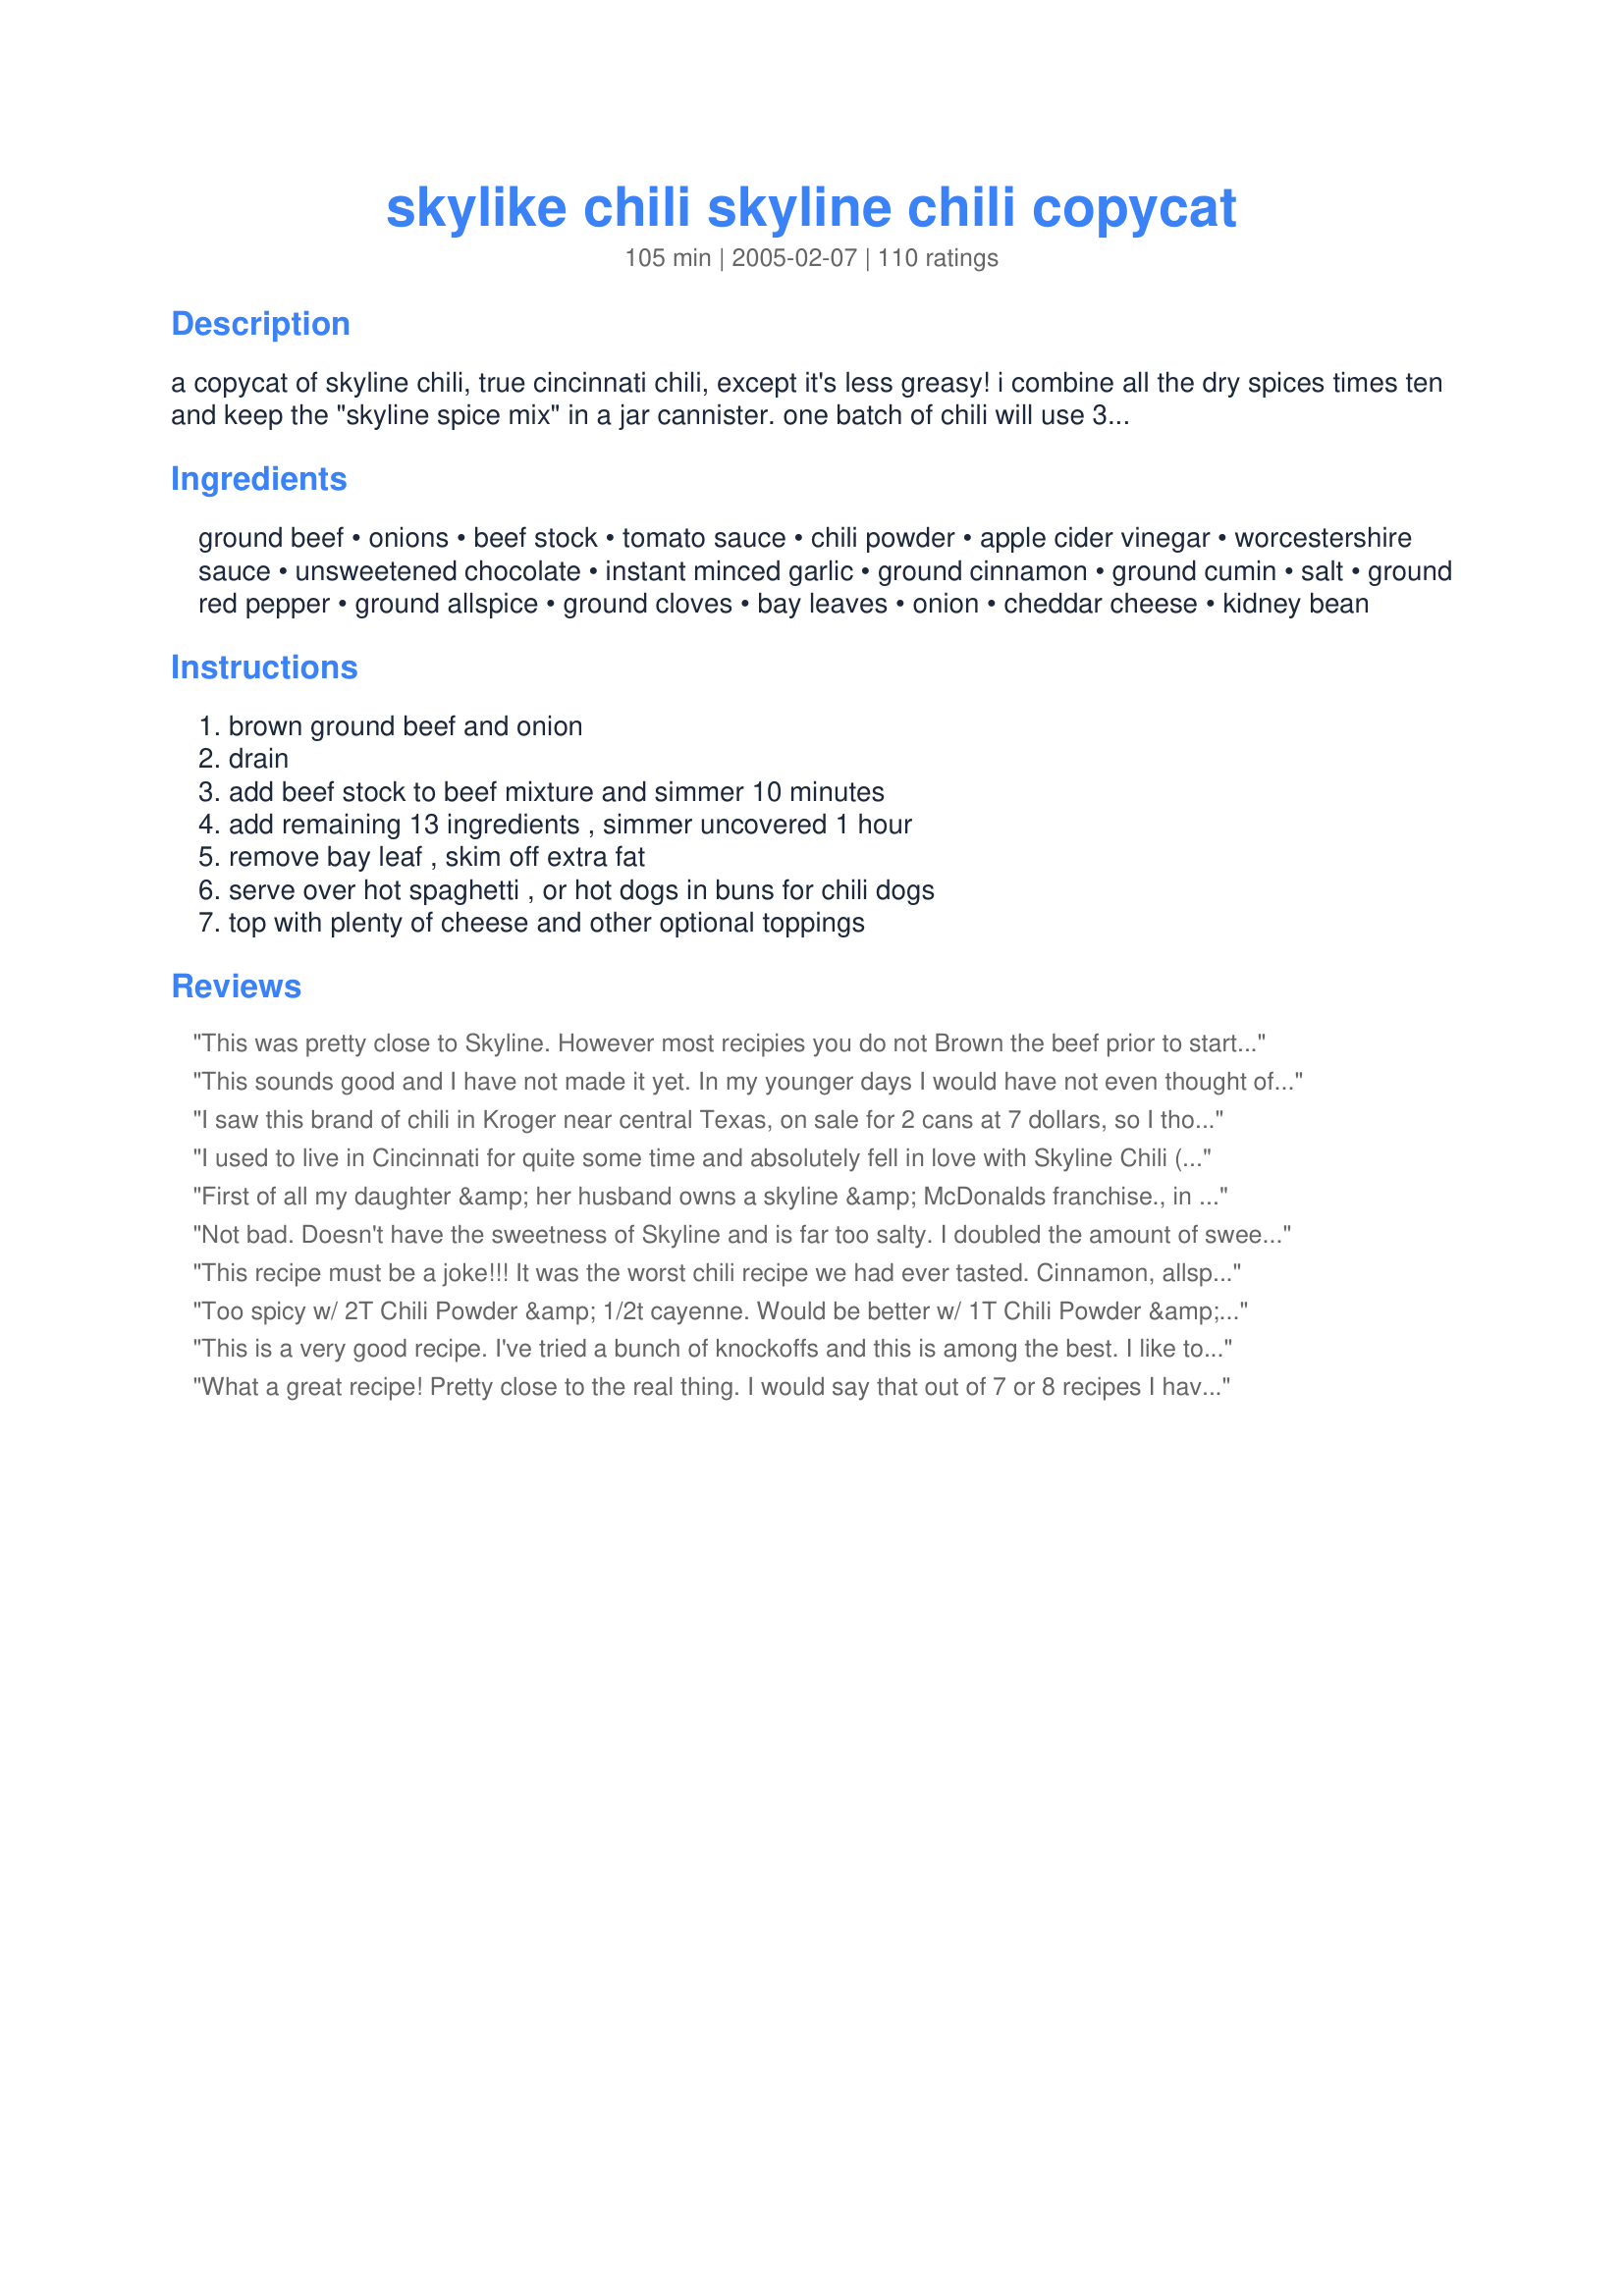
skylike chili skyline chili copycat
Preparation time: 105 minutes

a copycat of skyline chili, true cincinnati chili, except it's less greasy! i combine all the dry spices times ten and keep the "skyline spice mix" in a jar cannister. one batch of chili will use 3/8 cup of spice mix. the spice mix is also tasty as a meat rub for steak, pork and chicken.

Ingredients:
ground beef, onions, beef stock, tomato sauce, chili powder, apple cider vinegar, worcestershire sauce, unsweetened chocolate, instant minced garlic, ground cinnamon, ground cumin, salt, ground red pepper, ground allspice, ground cloves, bay leaves, onion, cheddar cheese, kidney bean

Steps:
brown ground beef and onion, drain, add beef stock to beef mixture and simmer 10 minutes, add remaining 13 ingredients , simmer uncovered 1 hour, remove bay leaf , skim off extra fat, serve over hot spaghetti , or hot dogs in buns for chili dogs, top with plenty of cheese and other optional toppings

Reviews:
This was pretty close to Skyline. However most recipies you do not Brown the beef prior to starting the chili. Here is how I fixed it to make it more in line with Skyline chili. I pureed the onions and garlic in a food processor. Then suateed the garlic onion mix in a little olive oil until the liquid evaporated. Then I added the Beef stock and brought it to a boil. Then I added the raw gound beef and wisked it in to break up all of the chunks. Then I added the rest of the ingedients and simmered on the stove for a little over an hour. If you are a true Skyline fan I would add a bit more salt and cut out or halve the ground red pepper (Cincinnati Chili is not spicy at all). I also added a tablespoon of dark brown sugar to the spice mix 
Overall this was great recipe for Skyline chili. Whith a few minor adjustments.
This sounds good and I have not made it yet. In my younger days I would have not even thought of trying to put in coco powder. But being in a family with Latinos`, it does add something extra. Also, I moved to Indiana and any chili lover out there should try Charlie and Barney`s Chili Saloon. It won blue ribbons in the Chili Cook-off in downtown Indianapolis. I will let you know how well this is received in my household. Thanks for sharing.
I saw this brand of chili in Kroger near central Texas, on sale for 2 cans at 7 dollars, so I thought I would have to try it. I liked the photo was and looked like a chili I enjoyed at a restaurant 200 miles away. After eating the second can I had to find out how to make this. This recipe is consistent to the flavors I taste with the chili. I believe it would take a food processor to get the meat cut to that texture.
I used to live in Cincinnati for quite some time and absolutely fell in love with Skyline Chili (not Goldstar, or Empress, etc.) but Skyline. There is a difference to connoisseurs :) This recipe comes pretty darn close to the real thing. I've tweaked the recipe to my liking and simply boil the hamburger in the beef stock for about 20-30 mins or until it's cooked. I saute the onions and use only about 1/2 an onion (don't really care too much for onions) and I use garlic powder instead of fresh minced garlic. I let it cook in the crock pot on high for about an hour or so and then its good to go over a bed of hot spaghetti noodles and piled high with finely shredded cheddar. MMMMM! Thanks so much for this much cheaper way to enjoy Skyline chili without having to spend $50 for 6 cans over the Cincy Favorites website!
First of all my daughter &amp; her husband owns a skyline &amp; McDonalds franchise., in kenton &amp; campbell county's Kentucky....across the river from Cincinnati. First of all there is NO chocolate in the recipe....this MYTH started back in the 70's. There is NO white onions or apple cider vinegar or cayenne pepper ! NO meat is browned. I KNOW THE RECIPE...I'll tell you a few ingredients that you've got wrong &amp; omitted , BUT not all ingredients. Water, red wine vinegar, White Pepper. One taster on this web site swore they tasted shredded beef....she's right it's .... 3/4 shredded &amp; 1/4 ground chuck. The beef must be trimmed of all gristle &amp; outside fat. Leave the marbleized meat. There are ingredients I will not TELL because I can be sued. The chilli is made at 5 gallons at a time. After being SLOWLY cooked it's stirred and put in a walk in box or refridge for 12 - to - 14 hours. The meat fat will rise &amp; harden, its then skimmed off the top...and is now ready to be placed in a 2inch thick ceramic steam table kettle, steam table reheats it and is ready to serve ! I remember the Great Cincinnati Greek chilli WAR'S.....skyline, gold star, empress, Dixie , camp washinton, acropolis....all Greek style chilli's. Acropolis &amp; camp washington were the only ones who could beat skyline. I always liked Dixie because of how thick it is. Way thicker than skyline. Acropolis had every know Greek spice in it &amp; Feta. Very spicy. Empress &amp; Acroplis does not exist any longer. I PERSONALY knew Tom Mirko's the founder of Acroplis Chilli along with his wife Marilyn, daughter Laurie and son Joe. When Tom passed away...the family sold off everything, 7 Acropolis chilli's, 2-bars and 2-deli's. But kept the real estate rental properties. OL' Tom had a small Empire in the 70's - 80's - 90's. Back to skyline you're missing Greek spices. And a Greek food every day diet staple....I think this is the unsweetened chocolate MYTH started at. And SO did TOM...
Not bad. Doesn't have the sweetness of Skyline and is far too salty. I doubled the amount of sweet spices, but it still isn't right, and I suggest replacing at least 1/2 cup of beef stock with water, because low salt versions taste awful.
This recipe must be a joke!!! It was the worst chili recipe we had ever tasted. Cinnamon, allspice, cloves and cocoa do not belong in chili. If it was a joke, it was not funny!
Too spicy w/ 2T Chili Powder &amp; 1/2t cayenne. Would be better w/ 1T Chili Powder &amp; 1/4t Cayenne.
This is a very good recipe. I've tried a bunch of knockoffs and this is among the best. I like to boil ground beef or ground turkey (not the ground turkey breast) in water first and drain that to remove excess fat. Then add the broth and other ingredients. I like red pepper flakes instead of cayenne powder (sounds picky, I know - but this is the ingredient that can most affect the finished product). I also use a small can of paste instead of sauce, but I don't think that would matter too much as long as you wind up with a fairly runny consistency. To make a truly traditional n-way Skyline, don't forget to put some oyster crackers around the edge of the plate.
What a great recipe! Pretty close to the real thing. I would say that out of 7 or 8 recipes I have tried this is the best. I did not brown the beef. Just threw it into the chili pot for 30 minutes. I then added onions and garlic and let it go for about 45min. Added seasoning and let it go for about another 45 min. I keeped it covered. Awesome!!
We love this recipe. I mix enough of the dry ingredients for 3 batches so I don&#039;t have to start from scratch every time. A label on the jar tells me how much to use - 1/2 cup.&lt;br/&gt;&lt;br/&gt;We used fettuccine noodles the last time and liked that better. Also, we use sour cream along with the cheese. YUM!
I enjoy Cincinatti chili, and this is a very good version. I served this with spaghetti, beans, and cheese. Since there are plenty of cooked onions in the sauce, I did not add additional onions as a topping.
I am from Cincinnati, Ohio and has had skyline chili since I lived there. I now live in Antioch, Ill. and can not find skyline chili any where so I have found a reciepe on line that I am going to try. I love skyline chili. I would love to go back to Cincinnati one more time.
If anyone wants the REAL SKYLINE CHILI it's very easy to get instead of taking the time to follow this recipe.Cooking time is 2-3 hours on a very low temperature. I live in Ohio and it's sold already pre-made straight from Skyline in grocery stores. You can also buy it in flavor packets that has the complete package of spices minus the hamburger,onion,spaghetti and beans.You can add that when your sauce is finished.I always buy the packets, which makes around 2-2/1 quarts. I then freeze the sauce and pull out a container when ever I want SKYLINE chili.I then add the spaghetti,onion, beans and of course hot sauce on top of the cheddar cheese.
This is my favorite chili. The combination of spices makes for a wonderful final result. And even though many might think chocolate is a bizarre addition to chili, it just adds a little mellowness to the chili.
I serve this over pasta with lots of cheese, onions but NO beans.
This is the closest I've found so far to Skyline! I used ground turkey in place of ground beef and once the chili cooled a bit, put it all in the blender as suggest. The texture was perfect.

Thank you for posting.
very authentic
Very close. To get the right consistency, I modified the instructions. Add stock, beef, chopped onions, garlic in pot to a boil, then removed from heat. Using a hand blender ($30 for a basic one), grind the cooked meat and onions to the "twice ground" texture of Skyline. Added 1/2 tsp of paprika, additional 1 tsp of salt (total 1.5). Depending on how aggressively the simmering temperature is, I'll add some additional water before the final 30 minutes of simmering (usually about a cup), and I usually simmer for 2 hours total. 85% ground beef seems to be the right amount of fat (and doesn't need skimmed). 2.5 TBS total for chili powder seems to be close as well. Great recipe, thanks for posting...
I&#039;ve never had true Skyline chili, but I am fussy about chili and this was good. Highly recommended and will keep it in my chili library to do again. &lt;br/&gt;&lt;br/&gt;At the start just after I put it all together I tasted it and it didn&#039;t seem so good since the cinnamon stood out. After it cooked for an hour and the spices and flavour merged, it was quite good. It worked well on the thicker spaghetti (spaghettoni) and a knife and fork were used instead of twirling it like regular spaghetti. Onions and cheese on top of course. Everybody (even really fussy eaters) loved it.
This was awesome! I thought it tasted better than the original Skyline Chili. It was so easy to put together, my daughter who is not a fan of Skyline absouletly loved it!
This tastes the closest to Skyline chili I've ever had. I only did a couple things differently. First, I salted to taste. 1/2 a tsp doesn't really cut it. More importantly was how I cooked the meat. The first time I followed the recipe I browned the meat and onion like it said to. This made for a bit chunkier chili than Skyline variety. This time I cooked the onions (which should be closer to minced than chopped) with a wee bit of olive oil, then threw in the beef raw along with the stock and stirred it well to break apart the meat. I let the mixture then come to a boil while I prepped the other ingredients, stirring occasionally. Cooking the meat this way made for a smoother texture this time around. Enjoy!
The flavor is more important than the consistency for accuracy of how a given food tastes. As such, while you may get varying consistencies that are not 100% exactly what Skyline provides, the fact is that this recipe gives really the closest flavor I've had yet. And I've had Skyline off and on for years now thanks to a friend of mine who lives in Cincinnati. Very good recipe! :)
Turned out great. As a former professional cook,I typically use a recipe as a baseline and then make my adjustments as I go. One thing I may suggest is that you should NOT brown the meat. It will make it stick together and this is exactly the opposite of what you want for this sauce. Another thought- is that you could brown, then add broth, then blend...not too much though, just watch the texture. A no fail method, I would say, it just throw it in with the broth and then whisk whisk whisk before and while it is cooking!!! It will give you a great consistency. Some of these comments reveal that many are not a fan of the spices listed in the recipe. SO: Maybe take it easy on the spices you are hesitant about and adjust accordingly? Remember, recipes are templates. Adjust accordingly to your taste buds. If you feel insecure, go conservative, then add as you go! Have FUN !!! Also, I use ground turkey so I can justify eating a lower fat version more often :) It is still delicious, not as greasy.
I made this on 12/14/09 for mine and SO's dinner. Due to what was on hand a few changes were made to the recipe, one can of tomato sauce was replaced with the same amount of tomato juice. Also, 2 cups of the beef stock was replaced with 2 beef bouillon cube dissolved in 2 cups of boiling water.Other than those changes the recipe was made as written. Now since we've never had " Skyline Chili " this has to be rated on what we thought of this particular recipe,and we thought it was very good. I served this over spaghetti noodles and topped with shredded extra sharp chedder cheese, ( which is NOT an option :) ) and topped with onions.With the additons of allspice and ground cloves, you can taste the original Greek influences in this chili. This will be made again. Thank you for posting and, " Keep Smiling :) "
I really did not like this stuff. I am sorry I watested my time and resources on this dish. The ingredient spices were fragrant and appealing as they went in but the end result was not pleasing. It looked like a pot of mud and did not taste much better. The flavor did not say chili to me. I put the remafe in plastic containers to put in the freezer where I plan to forget it. Ps I served it with canned pinto beans and grated c
True Ohio-an here, raised on Skyline chili and living in the south, where Skyline chili does not live! Skyline chili is one of my favorite things in life, and occasionally I felt lucky if I could find a box of Skyline chili frozen or canned at Harris Teeter. That’s a sad, and very expensive way to live. I made this recipe hoping against hope it would be good, and I was NOT disappointed!! It smelled absolutely to-die-for and tasted the same way. I made it like many suggested, and boiled the beef and onions in the stock to cook it. I followed the rest of the recipe exactly, except: I cooked it simmering for 45 min and covered simmering for another 1hr 15 min. AND I tend to try to use healthier ingredients- therefore, wheat pasta, lean 93% ground beef, low sodium ingredients instead of regular. To me, it smelled and tasted exactly like Skyline chili but healthier (okay, maybe not quite as amazing as true Skyline but absolutely delicious and healthier alternative), and my husband scraped the plate clean within an inch of its’ life. I used the potato masher to squIsh it as it browned, and I thought the consistency was spot on. Not too watery, not too thick. Totally snarf worthy, and now I feel like I can make “real” Skyline affordably and somewhat healthy (or I can be bad and make it full-fat and sodium) any time I want. I also felt like such a gourmet adding all the different ingredients and the bay leaf gave it that special “oomph”. Seriously, make it. Life is short. Live happy. Eat Made-from-scratch Skyline.
I was a bit skeptical of this recipe, but I liked that it didn&#039;t have beans. Turns out we loved it! The blend of cocoa and spices is perfect. I served it on gluten-free spaghetti with shredded cheddar and green onions piled on top. I plan on making this one again!
I made my first Cincy chili last night. Definitely a different flavor profile than traditional chili, but I really enjoyed it with the spachetti, cheese, and onions. I love making chili (and love reading about it too) but have always focused on the no-frills kind. My current version allows a small can of tomatoes and pinto beans, but other than that it's focsued on the beef and dried chiles.

Interestingly, I NEVER add cheese or onions or crackers to my traditional chili. Just messes up a good bowl of red, and makes it too gloopy. But with Cincy style I was loving all the fixins. The cheese melts into the chili and and forms into a sauce almost. The onions give some nice crunch and bite. And the spaghetti is hearty and filling.

I will definitely be making this again. To the uninitiated, I must caution -- do not expect this to taste like your regular chili. It really is a different dish entirely. It's more of a sauce for pasta than a traditional chili. And yes, the cinnamon and allspice, etc. take some getting used to. But when all put together, it makes an excellent meal.
Our family has been big Cincinnati chili fans for years. My mother-in-law introduced it to me--she used the packets of mix and followed the directions. I'd also found the frozen Skyline brand chili and found that both the mix and frozen versions to be too watery for my taste. After some experimentation, I found that adding a can or two of tomato soup doesn't alter the flavor but does give the chili enough body to stick to the spaghetti.
Fantastic! One of my go-to recipes. Always a crowd pleaser.
Close to the real thing, just not as greasy. DO NOT brown the meat. Halve the cayenne. And make it a day ahead of time, let the pot cool and refrigerate overnight. Then take the pot out and re-heat it on the stove. You won't be sorry - the flavors have a chance to blend and, for whatever reason, this recipe is just better the second day! I double it. My kids devour it. The first and second day we have it over pasta, the third day, we always make Coneys with the little bit that is left!
This is as close as you can get to the "original" without Nick Lambrinides coming after you! lol Skyline Chili is definitely an aquired taste and if you're not familiar with or use to eating chocolate in your chili, it can be disliked rather quickly by its unique taste. I had friends visit from northern Ohio (Cleveland area) and even though they use to have a Skyline, my friends never had it before. They, too, didn't care for it. HOWEVER, my DH really liked this recipe. He thought I had actually gotten a can of the "real stuff", not made with my own two hands! I showed him this recipe and he was thrilled to see a recipe for Skyline! We can now have Skyline Chili without actually going out for it -- or buying a can of it in the store! I also sent the recipe to my sisters-in-law who both LOVE and miss Skyline. One lives in New Jersey and the other in Tennessee. I'll be sure to let you know what they think of it, but if they're anything like us (Cincinnatians who grew up on Skyline) they will appreciate having the recipe! Thanks, Tornado Ali, for posting this one! YUM YUM!
I am sooo excited to find this recipe. In the '70s, my best friend and I would treat ourselves to &quot;chili spaghetti&quot; at the Red Lion in Glendale, CA. I came to love that unique spaghetti sauce. After Red Lion closed, I never saw this dish offered anywhere else. I had no idea this was a Cincinnati dish. (Mom was fr. Cleveland.) The Greek connection makes perfect sense, with the nutmeg (change suggested by one reviewer), cinnamon and cloves. I never really liked &quot;regular&quot; chili (Texas style), but this I LOVE. The flavors are rich and comparable to something in Greek or Moroccan cooking -- definitely Mediterranean. Thank you so very much for this gem to add to my recipes: a wonderful dish I thought I'd never taste again.
My wife and I luv this recipe. Instead of the ground beef we skin about 8 chicken thighs. Then we de-bone them. Then we run them through our meat grinder. Super easy! We use the left over chicken bones to make a delicious broth. Just add some old onion, garlic, and un-cracked black pepper. Next, we throw about 2-dozen tomatoes into a large pot of boiling water. Wait for the skins to crack... then throw them into a bowl of iced water. Peel. Seed. Then run the left over tomatoes through a cheese grater. Then we throw our whole cloves, cumin and additional spices into our spice grinder. Make sure to grind them thoroughly-- about 20 minutes! Next we baggie the left over spices into individual increments for the next time we make skyline. We prefer the Fiesta brand plastic lunch baggies. Blend the onion, garlic and tomato sauce for five minutes. Then just throw it into your Calphalon stainless steel five-quart saute pan with the bay leaves and ground, skinned chicken thighs. Cook for 4-hours. 2.5 hours in add the Worcestershire, vinegar, and chocolate. Delicious!!! I hope you enjoy this as much as my Meggie and I do!
All I can say is WOW. I have never been to Cincinnati, but have heard of skyline chili. I was very anxious to try it, and as sooo glad I did. It is wonderful. I will make this many many times more. Thank you for submiting this.
I admit it has been many years since I&#039;ve had Skyline Chili, but this tasted exactly as I remembered it, even without the garlic and onions (which I am allergic to). Other than leaving those out, I kept all the ingredients the same. I did follow other reviewers&#039; advice and cooked the meat in the stock for about 30 minutes, then added everything else and simmered it for an hour. It took all of 10 seconds for my immersion blender to finely grind the beef. Served over spaghetti noodles with finely shredded sharp cheddar cheese on top. Oh my! Was it delicious! My husband has never had Skyline and loved it and I was beyond thrilled to have found such a great copycat. My small children gobbled it up as well. Will certainly make again. Thanks for posting!
Dead on! My husband was raised in Cincinnati and said this was exactly like the real deal!<br/><br/>The only thing I will say is that it's easier to get the hamburger more crumbly if it is cooked in the liquid (beef stock).
I'm a southern girl who lived in Cincinnati for 3 years for work. My kids fell in love with Skyline Chili and begged me to learn how to make it for years after we moved away. This recipe is the closest to the real thing I have found online, and my kids love it. The only 3 changes I'd recommend are that I take the meat after browning and draining it and and puree it in a food processor to get the small grains of meat that are in Skyline Chili. Then I cook the chili all day long on low on the stove top or in a crock pot. This makes it closer to the texture of Skyline, and I add extra broth or water if it's too thick since Skyline is thin and soupy-more like a sauce than a chili. I make it in big batches and freeze it in 2-3 serving containers so that my kids can thaw it out and heat it up any time they have a craving for Skyline Chili. The only other change I'd make is that the cheese according to Skyline Chili employees is Colby and not Cheddar. Not a big difference, but just enough to be able to tell the difference.
This is very, very good. I am wondering if the other reviewer used sweetened cocoa? The chocolate adds a smooth rich flavor, similar to mexican mole.
Being from Cincy and having had my share of Skyline Chili for the past 25 years its needless to say that when we moved out West my husband and I truly missed our late night visits to Skyline Chili and everytime we went home we would eat there daily so we could get our fill till our next visit but now I can honestly say I can make this at home using this recipe and this is pretty darn close if not exactly like Skylline. The only difference is we took the advice from others and boiled our beef in the beef stock which is definitely worth the time because it makes the chili the same consistancy as the real deal and we minced our onions and garlic in the food processor but the spices in this are RIGHT ON no changes need to be made and we did add the red pepper which you could barely taste but thanks so much Tornado Ali for posting this now we can have skyline chili anytime we crave it!! Also for the reviewer who said "you've got to be kidding" regarding the chocolate and cinnamon, obviouslly is not from Cincinnati or has never had Skyline Chili before so all I can say is try it you will get hooked just like the rest of us. :)
This is a good recipe, however, I find that instead of browning the meat, I put it in the pot raw and let it cook. It turns out a lot better....
Excellent rendition. I used freshly ground Guajilli chilis and Hershey's unsweetened cocoa powder. Cooked as instructed, but finished it for 45 mins in a slow cooker.
I&#039;m from Cincy so here is what I did to make more like the original. I sauted the onions till soft. Then, I added the beef stock, 2 cans 15 oz tomato sauce, 1 6 oz can tomato paste, and hamberger meat and boiled it. I added 4 tbs. of chili powder, all of the other spices(except vinegar) I added a little more of to make up for more liquid in tomato sauce and 2 bay leaves. Yum!
Very close, but not spot on. I&#039;ve tried a couple skyline recipes and this one is probably the closest. I cut the cinnamon in half and it is still a little too sweet compared to actual Skyline. Next time I will remove the cinnamon altogether. The cloves were pretty strong also, so I&#039;ll probably cut back on those. Very good though!
Not exactly skyline, but definitely a great substitute. I made a few minor changes to suit my taste. I used beef broth instead of stock, nutmeg instead of allspice, doubled the salt, added 1 tsp of paprika, a bit of extra chili powder (maybe 1/2 tsp), added two 14 oz can drained kidney beans directly to it. I browned the ground beef and threw everything into the crockpot and cooked it on high for four hours. If I made it again, I'd cut down on the beef broth by 1/2, to make a thicker chili. I served it over spaghetti with finely chopped onions and lots of shredded cheddar cheese. My husband who grow up in Cincinnati, gave it the thumbs up. This is definitely going into my regular dinner rotation.
Husband said "Amazing" & "Wow" while eating. That's always a good thing. We used gluten-free noodles and still tasted awesome!
I gave this recipe 4 stars instead of 5, just because I agree with other reviewers that the technique is slightly different that traditional Cincinnati chili. When making this chili, you have to simmer the meat in the stock, not brown it ahead of time. &lt;br/&gt;&lt;br/&gt;I used 1/2 grass fed 85/15 beef and 1/2 fresh local bison for a better nutrition profile and healthier fats. That may be too lean for some, but I like the flavor it adds. It didn&#039;t produce much fat to skim off, which was fine for me. I simmered the meat and onions in the stock for 30 minutes, then added the rest of the ingredients and simmered for 2 hours, adding just a little more water about 30 minutes before it was done.&lt;br/&gt;&lt;br/&gt;I used my immersion blender to give the chili that very fine consistency you get with Skyline. But, the final step that I think is absolutely necessary is that you have to let it sit for many hours and allow the flavors to blend completely. I put it in the refrigerator all day (if I made it the morning) or overnight, otherwise. THEN, I skim off the fat, reheat and serve with spaghetti and cheese, onions (or whatever you like).&lt;br/&gt;&lt;br/&gt;I think the flavor profile of this recipe pretty much nails it, butI can see tweaking it to personal spice preferences....maybe I&#039;ll try adding paprika next time, as one reviewer suggested. But, again, I think the most important step to creating a chili that closely resembles Skyline is letting it sit!
Have tried this recipe several times. Always a huge hit. My family thinks it tastes better than the restaurant. Love it!
My family really liked this chili. My extremely picky son loved it. I served it over waffle fries & with grated cheese. The cocoa did add a mellowness to the chili which we really liked. I still like the regular kind of chili, but will still make this, too.
This was Wonderful! Def. Keeper here. It makes a ton. we all had seconds and I still had a ton left. Took it to work and they couldn't finish it off either! Will make again. We made these and served over dogs!!!!! Oh and kids 3 and 6 were dancing in there seats! :>) Thanks so much for sharing this.
I grew up in Northern Kentucky and on Cincinnati chili but moved away 20 years ago. I had a recipe I've used for years to make it for my family but it wasn't quite the same. Found and tried this recipe and I'm so glad I did! It is spot on. Few modifications: 3 TBSP chili powder; don't brown the meat, just throw it in the pot with everything else and break it up as it starts to cook; after cooked, skim fat off top; put in blender to get right texture. Delish!!!!
Skyline Chili is a wonderful twist on traditional chili, and my husband says this version is as good or better than the real stuff. I do run the meat and onions through the food processor, and I boost the spices by 25%. Delish!
Our Xmas dinner tradition is Skyline Chili. This year we forgot to order it and realized it on December 23rd. What a bummer, until we found this recipe. I'll tell ya, we read through several recipe's reviews, and this one had the most that said it tasted the closest, so we gave it a go. It's true. This is really, really close. So close, we're honestly happy never ordering it by mail again (sorry Skyline peeps). Here's some notes: - We used the exact measurements in the recipe of each ingredient. Next time we're going to back off of the cumin by a hair and then it may be close enough to fool ya. - In our giddiness, we bought premium and fresh spices to use. Yeah, don't. We could taste that the ingredients were high quality as it was zingier and fresher -- but that's not what we're going for, we wanted authenticity. - Someone mentioned to boil (not simmer) the beef and onion in the beef broth for an hour and then put it in a blender. Yes, yes, yes. It's a crying shame that this isn't included in the original recipe as it's an essential step. - And then, based off of a previous suggestion, we moved it to our swank, 1970's crock pot for another 4 hours. - Put it in the fridge overnight and skimmed off all the fat. We used 85% lean angus beef. - After a taste, we then put back about 3 tablespoons of the fat. You have to have the red, oily run off in order to be the best, even if it's just a little. - I ate one bowl with paprika added (I love me some paprika), but my amateur tastebuds will tell you that paprika is indeed not one of the original ingredients.
As most, Lived in Cincy, love Skyline and have it whenever in town visiting family. This is an Awesome recipe for those of us unable to run to the local restaurant!! A Food processor for the meat and onion is a MUST in order to get the correct consistency when plating. Great job T. Ali!!
I was looking for a bean less chili recipe to accommodate a low carb plan I've been successfully dropping weight from. I had always bought the frozen Skyline chili as it was legal on my plan but expensive and just ok. I made this recipe as directed only I halved it. It is soooo much better than Skyline! It has a phenomenal depth of flavor. I did simmer the raw beef in the broth with the onion and fresh garlic (the only change) I let it simmer for quite a while to reduce the liquid. I used very low fat beef so I was able to skip the straining. Grated some fresh Cheddar on top....phenomenal ?? Thank you! It kept me legal in my plan because I had a delicious new and different recipe to keep my choices unique, flavorful and exciting!
So fast and easy! Definitely close enough to skyline. Nice to be able to make it at home
A good Cincinnati chili but not Skyline. I've been transplanted to the left coast from Cincinnati and lived on Skyline while there. I made a 3 lb batch using 93/7 ground beef and these are the changes I made. In a crock pot, 3 lbs of 93/7 ground beef, 5 cups beef stock, 3 cups grated onion, 3 (8 oz) cans of tomato sauce, 5 TBS chili powder, 5 TBS unsweetened cocoa, 1 TBS granulated garlic, 3 tsp seasoning salt, 4 TBS soy sauce, 4 bay leaves. The rest of the ingredients of Tornado Ali's recipe I followed for a 2 lb batch. I just threw it all together in the crock and cooked it for 4 hours stirring every half hour to keep the consistency of the ground beef grainy and soupy. That's the way Skyline is. Oh, and by the way, a family member came up from Cincy who lives off Skyline and rated the above adjusted recipe a 9 out of 10. Thanks, Tornado Ali, for posting this. There will be lots of Skyline Copy at my place.
Scale needs 6 stars, 5 is not enough! Fell in love with Skyline Chili visiting Cedar Point in Sandusky years ago. This is Skyline chili only BETTER. I did not change a thing. Perfect as is. Make this NOW. &lt;br/&gt;&lt;br/&gt;If you love Cincinnati Chili, you will NOT be disappointed. If you do not like this chili, you simply do not understand. Spaghetti, finely shredded cheese, and oyster crackers. This recipe is Cincinnati chili perfection. I wouldn&#039;t dare put kidney beans in it.
I am a former Cinci resident now on the east coast. Like many people at first I wasn't that impressed with Skyline but as time went on I became a full out addict. After leaving Ohio I had to order by the case ($100 ) online to keep my supply steady and my hands from shaking from withdrawl. I've tried many different fake recipes and none come close to the real deal. This recipe is BY FAR the best I've tried. I would still like to think in a double blind taste test I could pick out the original but it might be close. I did take in some of the other reviewer suggestions and agree they are necessary. First the meat needs to boil in the broth. I put the raw 85% lean meat, water with beef bullion, and onions (I only used 1 cup finely chopped) in a pot to cook stovetop. I used a mashed potato masher to break up the meat. My end result meat was still a little coarse compared to the original so next time i will use a blender or food processor to break it up finer. I went with 3T chili powder which did give it a little kick, 2.5T might be closer to the original but I like the heat. I added a bit of paprika as well. With 85% lean meat there is no need to skim any fat, it is just about right. After 1 hour I couldn't wait and ate some. It was good. Plan ahead and simmer for 2 hours if possible, its even better. After 2 hours too much liquid was gone so I would consider covering the pot after 45min or so. Also for rookies or non Ohioans out there it is essential you get "fancy shredded mild cheddar cheese". Regular shredded cheese (as shown in the picture) is too coarse and will ruin the dish. When plating a 3-way first put down a bed of spaghetti (regular spaghetti not thin spaghetti), spoon on the chili covering all but the edges ensuring plenty of liquid flows down through the spaghetti, then add a generous portion of cheese to cover all chili. Make sure the chili is not too hot, you only want that small portion of the cheese that is in direct contact with the chili to melt. The top of the cheese should be cool and unmelted. When you eat it for God's sake don't stir it up. Add the optional tobasco then use a knife to cut down through the 3 layers and use a fork to lift it to your mouth like a piece of lasagna. The cool cheese will hit the roof of your mouth and the spaghetti will sit on your tongue. When you are finished carry your plate to the sink, make sure your wife is not looking and lick the plate clean like a dog. To the reviewer who gave it one star complaining its not chili, your right. Its way better and you just don't understand. I feel sorry for you because you are missing out on one of the finer things in life.
I used half ground turkey and half lean ground beef and this is about as close to Skyline as I&#039;ve ever come without being in Cincy! Thanks for the recipe and I suspect my using turkey and very lean beef had an impact, but a little less fat was the trade off for the taste I so crave.&lt;br/&gt;&lt;br/&gt;Thanks for the recipe! Michele
I love this Chili...I subtituted ground beef with veggie crumbles Lightlife's "Smart Ground" which solves the consistency problem and makes it easier, one step-into the pot-no browning the meat. Less pots to wash, less calories but to me just as good! Yum!
I made this today for DH's bday. Since we're in FL, he can't get his beloved chili anymore. We really enjoyed it, but it was a little off for us. I did use 3 Tbsp on chili powder, since we tend to like chili powder, so I think that affected the taste a bit. It was also a little too watery for us, but that could be due to the fact that I used my crockpot instead of simmering. I also boiled the meat (used 1/2 beef, 1/2 turkey) in the beef stock. DH suggested it, since he asked a Skyline owner once if they boiled their meat to cook it and she confirmed it. The turkey definately broke up finer in the chili than the ground beef. So, if you're looking for super-fine, I'd go with turkey, although DH said he could tell it wasn't all beef. I cooked it for 9 hours in the crockpot, just incase anyone was wondering. DH said this tasted more like Camp Washington chili, rather than Skyline (could be the 3 tbsp of chili powder). Although, as long as it's Cincinnati chili, he's happy. I'll do some tweaking, but we were very happy with our first attempt.
If you want chili that tastes just like the chili you get at Skyline Chili in Cincinnati, use this recipe! Recently my husband and I stopped in Cincinnati on our way to Pittsburgh and had dinner at Skyline Chili. We liked it so much we went to the nearest grocery store and bought a few cans of Skyline Chili to take home. Knowing the canned chili wouldn't last long, I looked for a copycat recipe and found this one. I followed it exactly (and I used a stick blender to get the right consistency.) I was very pleased with the resulting chili and my family raved about it. :c) It is better than the canned chili, by the way. Thanks so much!
OMG!!! I&#039;m in heaven!!!! I followed the recipe exactly except I took the advice of others and cooked the meat in the broth and it is stunning! I love Skyline chili, and this tastes just like it. WOW.
I used a modified version of this in a friendly cook off, I won first place. the modifications were, 1 lbs ground beef 1 lbs of sausage, 3 cans of pinto beans. this is a great recipe
Yummy recipe! When I first started this I was a little concerned about the amount of cocoa ~seemed a little much and when I tasted it before it simmered I didn't like it. But, it definitely needs to simmer for an hour and then the bitter chocolate taste goes away. Don't be put off by the long list of ingredients ~ it is really easy to put together. Thanks for posting this ~ will definitely make again! Made for Zaar Chef Alphabet Soup.
YUM. I halved the recipe to serve just me and my DH (mixed a full batch of spices since they were tougher to divide and then used half of the mixture). Flavor was great--of you are afraid it'll be too sweet--don't be! It was a nice blend. DH had Skyline on a trip and said the flavor was very similar, Skyline just being a bit smoother/less chunky texture . It was new to me but anything served over spaghetti and could make me eat THAT MUCH is OK! I gave 4/5 stars b/c after 45 min. of simmering, my chili was a little dry. Next time I may simmer part of the time covered to retain some moisture. And there will be a next time!! YUM!
Delicious! One of my favorite variations on copycat Skyline Chili! I used a 28 oz can of tomato puree instead of the sauce it called for, and Certified Angus Beef ground beef .... absolutely delish! The second time I made it, I substituted one 14.5 oz. petite diced tomatoes, and one 6 oz. can Cento tomato paste. I made up for the loss of the additional liquid by adding more broth.
I was visiting a friend in Cincinnati and after having Skyline I knew I had to have it again. Sadly there are none in the Philadelphia area and what I can get is in a can. This recipe is very close to what I remember. Excellent recipe.
This chili may not be for everyone, but it's certainly not a joke! For years, I've loved chili that was more complex than the usual, and the recipe has always involved a "secret" ingredient like these baking spices. One suggestion: if you're afraid the flavors are too much for you, start out with a pinch, then add to taste. I don't care for as much cinnamon as this recipe calls for but I love everything else about it. The cocoa in particular adds a wonderful richness. I also substituted balsamic for the apple cider vinegar. I will make this often, as it was a hit at our house with adults and teenagers.
This was delicious. We don&#039;t get Skyline here in the UK, so I was just looking forward to a really great chili! I&#039;ve heard so much about putting chocolate in chili and I&#039;ve been meaning to try it for ages, I hadn&#039;t got round to it until I made this, but now I have I&#039;m converted! It gives a real depth of flavour and richness! I used very lean ground beef, so there was no need to skim the fat, but I still couldn&#039;t stop tasting bits as it cooked! We served ours with rice and it went down a treat. Will definitely be making this again!
This is a great recipe! It tastes very close to Skyline chili. Thanks for the recipe!
I've lived in Cincy all my life and have a great recipe. I tried this one and 2 tablespoons of cider vinegar absolutely ruined it! Never going to use this recipe ever again.
This is an okay version of Skyline Chili, but I urge folks to look for other recipes to compare. I prefer versions where one first boils the ground beef....some people believe that to be more authentic. Also wanted to note that ground turkey works well in this recipe for a healthier touch.
I gave this recipe five stars because it is excellent. Not because I think a perfect copy of the authentic recipe. But, close enough. I&#039;m a lifelong Ohio resident and have been a fan of Skyline Chili for 30 to 40 years. I recently tried a frozen package of the original spaghetti I found at Walmart. That inspired me to look online for a suitable substitute. Overall, I think the original is quite a bit more bland. For a more exact copy, I would dial down some of the ingredients. I wasn&#039;t looking for an exact copy and this is a great place for me to start. I used three tablespoons of chili powder. Next time I will use two. Chocolate in chili??? OK. I&#039;m a believer. I can see how it belongs. I used the cocoa powder and next time I will use a little less. Also, I agree with those that recommend simmering the ground beef in the stock. As a topping for chili dogs or pasta, I like it a little less chunky. As for the kind of chili I would eat out of a bowl, my final version will end up being somewhere in between this and a more conventional recipe. Many thanks.
Never had Skyline Chili before, but this recipe was excellent!!! Thanks!
Ooh, very, very good! The deep fruity flavour from the cocoa is gorgeous with all the spiceness. I don't actually know what Skyline is (apart from the really bad movie ;-)) but I do know a delicious meal when I have one! Thank you, Tornado Ali!
This recipe is Great as long as you add a LOT of PAPRIKA (That is actually an ingredient listed on the Skyline chili that you can purchase at a resturaunt, on the website, or in the freezer section of the grocery store. I also omitted the beef stock (only because I didn't have it on hand, an I dont belive the apple cider vinegar is neccessary either, but you must not forget to add paprika.
First of all, those of you who have no idea what Skyline is should not be rating this recipe. Secondly, you do not get the proper consistency in the chili if you brown and drain the beef. You have to cook it in the stock. Then you can remove the grease from the top with a ladel or cool the chili overnight and the grease will rise to the top and you can remove. If you brown and drain it first, you are not eating Skyline chili.
I've been trying different Cincinnati chili recipes since I left my native Hamilton (Ohio) and moved to the UK..and this is my favourite. I will third (or fourth, or fifth) the other posters when saying you don't brown the meat and onions, you boil them in the stock, tomato sauce and spices. I let this simmer for the better part of two hours, covering for the last hour to keep it from boiling away. (I'm also in the &quot;whisk&quot; camp, in that you vigorously whisk the meat to get it to the right consistency. It's a weird chili, I know. But I love it.) All in all, a terrific copy and one I'll make again. Thanks!!
Perfect copy. No changes needed. Thanks...
Awesome chili!!!! I never liked Cincinnati chili that much before until I had some at a tailgate. My husband and I searched for a good recipe and came upon this one. I follow the recipe completely and then my husband usually tweeks it a little with more salt and for sure more red pepper. LOVE IT!!!!!!
Oh man! If I could bottle this smell.... I spent summers in Cincinnati growing up and fell in love with Skyline. Thank you, Tornado Ali, for posting!! Like others, I minced the onion (I used a cheese grater on the onion over the pan) and let the onion simmer a while in a little evoo before adding the "meat" (I veganized this using Boca crumbles and vegan worchestershire). I LOVE that I get to stick to my vegan diet and still enjoy a childhood favorite! This comes out perfect every time and my house smells like heaven!!!
Got my vote, this is terrific, TRUE!
Hubby is saying, "Can I have some NOW" too,
Simple ingredients to put together for today,
As it seems like it is in "the wintery way"
Can add peas, carrots to sneak in some veggies, TRUE!
I think it tastes like Skyline chilli too!
THANKS!
For personal taste, will be adding chillis for me!
This is a really good recipe!
OMG!! this recipe is FABULOUS!! i made a batch for guests for a football get together we had saturday (in honor of the Bengals playing)...needless to say, when they heard the ingredients i was putting into this dish, i got some sour puss faces and even an offer to order a pizza, this was a Calif. crowd who have never even HEARD of Cincinnatti Chili...HOWEVER, when i served it up, EVERYBODY loved it! i too boiled the beef in the beef stock to get the right consistency instead of browning it, i also used the whisk to break up the beef and that worked beautifully, other than that, i stuck to the recipe and didn't change a thing. the cheese is an absolute MUST, don't omit that...the flavor it adds is worth the extra calories, even my mother, who doesn't like cheese, put it on hers and loved it. it truly was a hit, my boyfriend absolutely couldn't believe how good it was (and he kept saying that too!) and was truly disappointed to learn there was none leftover the next day. the hardest part of this recipe is explaining to people that it ISN'T chili...it's more of a spaghetti sauce. this will definitely stay in the regular rotation. thank you so much, it's absolutely delicious!!<br/><br/>UPDATE: Okay...so I FINALLY got to go to an actual Skyline Chili (even though it was in Naples, Florida) and i have to admit....this recipe was pretty dang close in my opinion. I loved the fact i was finally able to compare it to the real deal. Still lovin' it, and still delicious!!
Delicious! We enjoyed this new twist on chili - topped with cheese and sour cream - yummy!
Well, my family was not very fond of the cinnamon, allspice, and cloves in their chili. These spices seemed to overpower the other flavors. But thanks for sharing.
This recipe says to brown and drain ground beef? True Skyline (Cincinnati Chili) boil the ground beef during cooking, then chill covered overnight and skim the fat the next day. Also Skyline has no chili powder in it's recipe. A point of emphasis made by it's Greek inventor back in the '40's according to the article I read with him when Skyline first opened it's doors. If done the original way, you can't give this enough STARS!
WOW This is just like the Chili we had on Vacaton this past summer. We went to Cleveland and Cincinnati,went to some Baseball games, checked out the Rock and Roll Hall of Fame and ate at Sky Line!! The best! I was so excited to read your recipe I made the chili the next day. It was gone in one day. So complex with the spices and so mellow with the Chocolate. You must make this Chili. It's just to good. Thanks Tornado Ali!
This chili tastes exactly like I remember! I grew up in Ohio and we always ate at Skyline. I'm so thrilled to be able to make this chili now! I highly recommend this recipe to anyone who loves Skyline. I threw it into my food processor at the end to make the texture more like skyline's. I cant wait to share this recipe! It is fantastic!!
As several of the reviewers have said, it's ESSENTIAL to boil the raw beef in the stock along with the onions first, as this is the only way you'll get anything close to the original texture. If you do this, you won't have to use an immersion blender or anything else, it'll be perfect. The trick is to use your hand to break up the raw meat until it's completely soupy and there are no chunks at all. Bring the meat/onion/broth mixture up to a boil, then reduce the heat, cover and simmer on low for an hour. I didn't do much tweaking to the spices. I did use 3 tsp of Worchestershire sauce, but other than that I followed the recipe. BLISS!
I went to culinary school in louisville and actually have the original we were given. this is pretty close the original calls for a little curry powder as well
We are native "Cincinnatians" and have the pleasure of having Skyline whenever we want. This chili, however, is VERY close to the original. The only change I made was to put the browned beef and onion mixture (after it cooled) into the food processor and just pulsed it a few times to get the right consistancy (there should not be any lumps). Spouse (the spice lover) suggested more cayenne or cumin as he felt the original had a spicier after taste, but I thought it was great as is. We'll make often!
Pretty close to the original. Follow bzsoccermon's recipe for the best way to make it!
This recipe is helping build quite the reputation as a cook! It&#039;s always fun to see people&#039;s reactions when they find out about the chocolate and cinnamon, then go back for seconds!
When my family lived in Ohio we went to Skyline Chili all the time. I've tried to duplicate the recipe before without much success. This recipe is extremely close to the real thing, with or without the cocoa. I've made it both ways. Now that we live in Oklahoma and can't get Skyline Chili I'm thrilled to be able to make this myself.
This is a fantastic recipe for Cincy chili. I didnt have any Worcestershire sauce on hand so I used some store brand A-1. Topped it with green onions, cheese, sour cream, and jalepenos. Magnificent!!!
OK this recipe tasted good, but as a born &amp; bred Cincinnati resident it doesn't even vaguely resemble bona fide Cincinnati (Skyline) chili. If you want a nice chili recipe, great. If you want Cincinnati chili .. keep looking.
As an Ohio native, I&#039;m embarrassed to have this represent my state.
It&#039;s a good recipe but I don&#039;t care for the cinnamon, allspice, and cloves. The cinnamon I don&#039;t mind so much but the allspice and cloves do seem to overpower the flavor of everything else.
First off -IGNORE the photo! Not what skyline chili even looks like, but the taste is great if you follow some of the suggestions to BOIL the beef and serve with finely shredded cheddar. Don&#039;t think of it as chili, it is a sauce that goes on noodles... or dogs, if you are going to go for liners.
THE BEST! Cinci chili over spaghetti YUM!.... just like we had as kids while visiting family there! Close as I can get aside from the real deal!
I'm not sure what I did wrong the first couple times I made this, but I've made it a few times since and its turned out perfect. I do boil the meat instead of brown it, and also use semi-sweet chocolate instead of unsweetened. My husband loves it and I do too!
Deeply flavorful and satisfying beef mince chili! I made it with cocoa powder and added 1 cup of dried and soaked kidney beans and reduced the amount of beef accordingly. Very good!
Really close! I was surprised how similar it was. I halved it. Minced the onion in my food processor. Sauteed the onion until soft. Added the meat (extra lean). Quickly used my spatula to finely separate the meat before it started to cook. Added the remaining ingredients and cooked as followed. For those not use to Skyline and have married into it (like me), don't forget to put the Tobasco out on the table like they do in the restaurant. It makes all of the difference for us novices. Thanks for sharing!
I thought this chili was amazing. And not at all hard to prepare. There isn't anything I'd change, even my 5 year old devoured it.
my sister is from cincinatti and an absolute skyline chili snob. she said to cut the cloves and allspice in half and it'd nail it.

to update, i make this at least once a week now. i'm absolutely addicted and i did not end up cutting the cloves or allspice in half. i like it the way it is. i do only make half a batch at a time though.
My 14 year old loved it! He said it was better than the packets I had brought home from N. Kentucky, where he had loved Skyline Chili. This recipe is a keeper.
My boyfriend and his family grew up with Skyline, so I had no choice but to grow to enjoy it. Not living in Skyline country, a copycat recipe was necessary - I've been making this for years now! I highly recommend it. The only change we have made is to get 85/15 or 90/10 beef and boil it in the beef stock rather than cooking it in the pan. You can get a much closer consistency to Skyline's twice ground meat that way.
Authenic! We ate at Skyline on our honeymoon. What I didn't know is how much cheddar cheese they PILE on, it's really way too much and I love cheese. I used about 10 green onions minced instead of the 2 onions, DH isn't wild about them. This was worth the effort. I boiled the meat, and scraped the fate off periodically as it simmered. It was a little runny, but thickened up as it cooled and sat. The flavor develops the longer it sits. Thanks for posting this keeper recipe!
